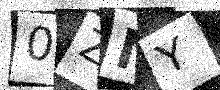
Text: 0ZNY